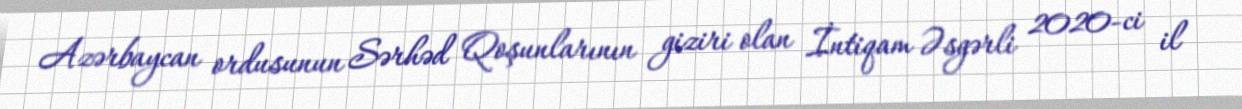
Azərbaycan ordusunun Sərhəd Qoşunlarının giziri olan İntiqam Əsgərli 2020-ci il